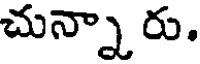
చున్నా రు.